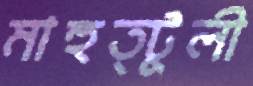
মাহুত্টুলী